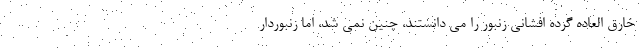
خارق العاده گرده افشانی زنبور را می دانستند، چنین نمی شد، اما زنبوردار